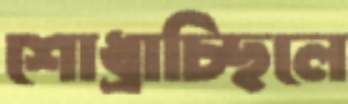
শোধ্‌রাচ্ছিলে